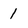
Character: 1